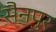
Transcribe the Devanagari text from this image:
सैनपुर